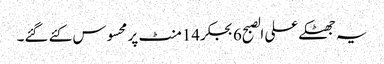
یہ جھٹکے علی الصبح6بجکر14منٹ پر محسوس کئے گئے۔